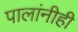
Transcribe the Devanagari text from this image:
पालांनीही